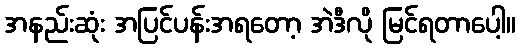
အနည်းဆုံး အပြင်ပန်းအရတော့ အဲဒီလို မြင်ရတာပေါ့။